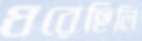
ধরেছিলি